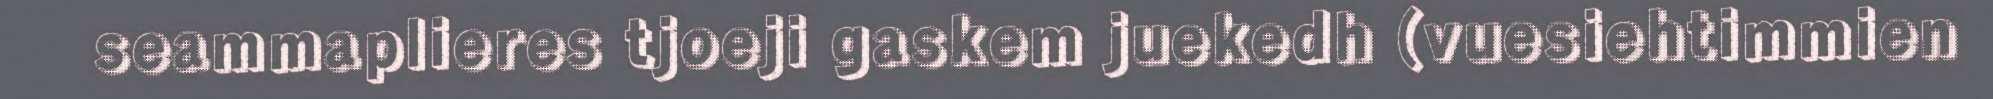
seammaplieres tjoeji gaskem juekedh (vuesiehtimmien